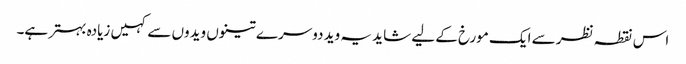
اس نقطہ نظر سے ایک مورخ کے لیے شاید یہ وید دوسرے تینوں ویدوں سے کہیں زیادہ بہتر ہے۔